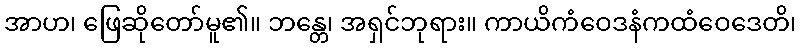
အာဟ၊ ဖြေဆိုတော်မူ၏။ ဘန္တေ၊ အရှင်ဘုရား။ ကာယိကံဝေဒနံကထံဝေဒေတိ၊